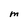
Character: M